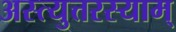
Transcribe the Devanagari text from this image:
अस्त्युत्तरस्याम्